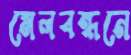
মেলবন্ধনে